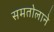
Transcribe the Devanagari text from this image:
समतोलाने